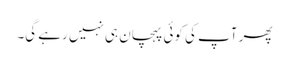
پھر آپ کی کوئی پہچان ہی نہیں رہے گی۔